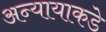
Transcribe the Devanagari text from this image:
अन्यायाकडे